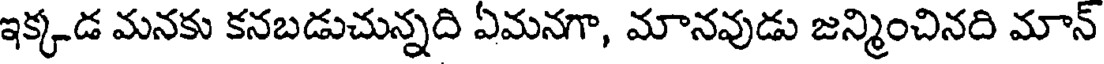
ఇక్కడ మనకు కనబడుచున్నది ఏమనగా, మానవుడు జన్మించినది మాన్